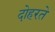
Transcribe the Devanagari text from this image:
दोहरते